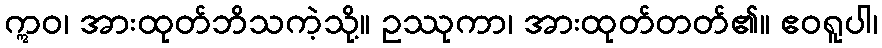
ဣဝ၊ အားထုတ်ဘိသကဲ့သို့။ ဥဿုကာ၊ အားထုတ်တတ်၏။ ဧဝရူပါ၊